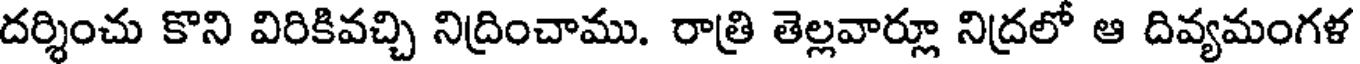
దర్శించు కొని విరికివచ్చి నిద్రించాము. రాత్రి తెల్లవార్లూ నిద్రలో ఆ దివ్యమంగళ